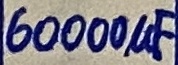
Text: 60000µF